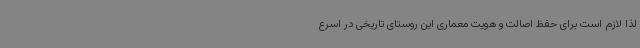
لذا لازم است برای حفظ اصالت و هویت معماری این روستای تاریخی در اسرع